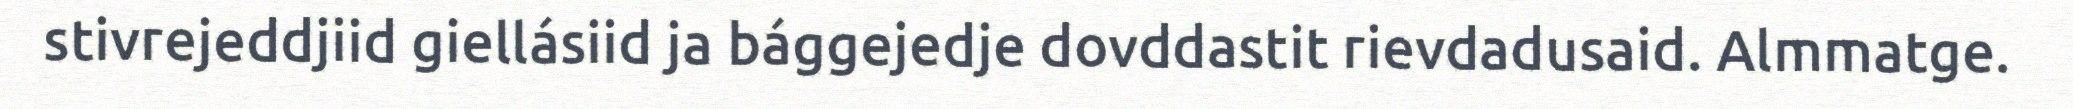
stivrejeddjiid giellásiid ja bággejedje dovddastit rievdadusaid. Almmatge.